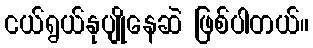
ငယ်ရွယ်နုပျိုနေဆဲ ဖြစ်ပါတယ်။